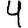
Digit: 4